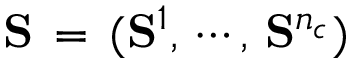
\mathbf { S } \, = \, ( \mathbf { S } ^ { 1 } , \, \cdots , \, \mathbf { S } ^ { n _ { c } } )